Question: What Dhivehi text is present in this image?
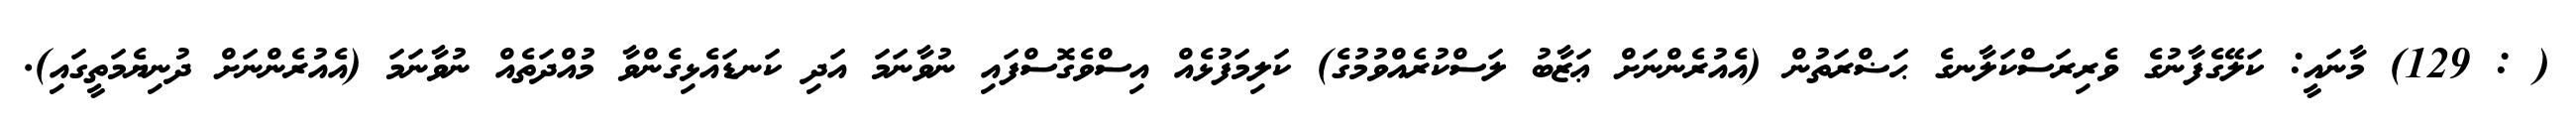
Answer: ( : 129) މާނައީ: ކަލޭގެފާނުގެ ވެރިރަސްކަލާނގެ ޙަޟްރަތުން (އެއުރެންނަށް ޢަޒާބު ލަސްކުރެއްވުމުގެ) ކަލިމަފުޅެއް އިސްވެގޮސްފައި ނުވާނަމަ އަދި ކަނޑައެޅިގެންވާ މުއްދަތެއް ނުވާނަމަ (އެއުރެންނަށް ދުނިޔެމަތީގައި).